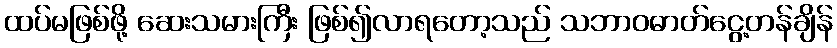
ထပ်မဖြစ်ဖို့ ဆေးသမားကြီး ဖြစ်၍လာရတော့သည် သဘာဝဓာတ်ငွေ့တန်ချိန်